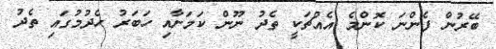
ބޭރުން ފެންނަ ކޮންމެ އެއްޗަކީ ތެދު ނޫން ކަމަށާއި ހަބަރު ހެދުމުގައި ތެދު